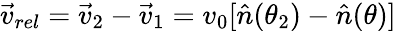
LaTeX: \vec{v}_{rel}=\vec{v}_{2}-\vec{v}_{1}=v_{0}[\hat{n}(\theta_{2})-\hat{n}(\theta)]